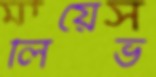
লিয়েভ